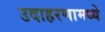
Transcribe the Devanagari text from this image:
उदाहरणामध्ये